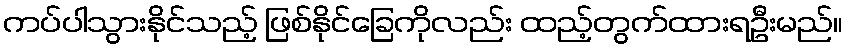
ကပ်ပါသွားနိုင်သည့် ဖြစ်နိုင်ခြေကိုလည်း ထည့်တွက်ထားရဦးမည်။